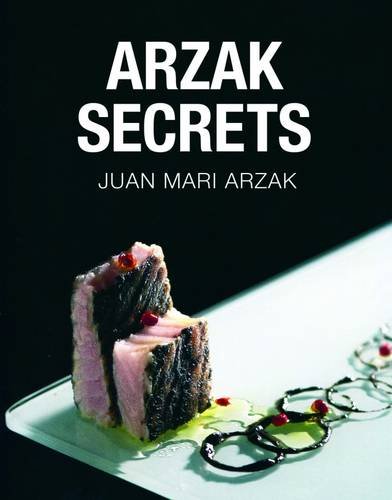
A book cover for Arzak Secrets; Juan Mari Arzak; Cookbooks, Food & Wine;